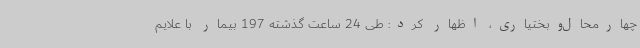
چهارمحال‌وبختیاری، اظهار کرد: طی 24 ساعت گذشته 197 بیمار با علایم